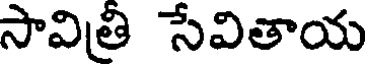
సావిత్రి సేవితాయ